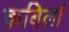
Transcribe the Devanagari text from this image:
कबिलों